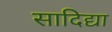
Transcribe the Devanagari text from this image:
सादिद्या